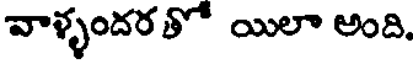
వాళ్ళందరతో యిలా అంది.